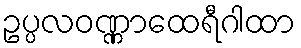
ဥပ္ပလဝဏ္ဏာထေရီဂါထာ